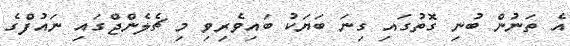
އެ ތަނުން ބުނި ގޮތުގައި ގިނަ ބަޔަކު ބައިވެރިވި މި ޗެލެންޖްގައި ނައުފްގެ